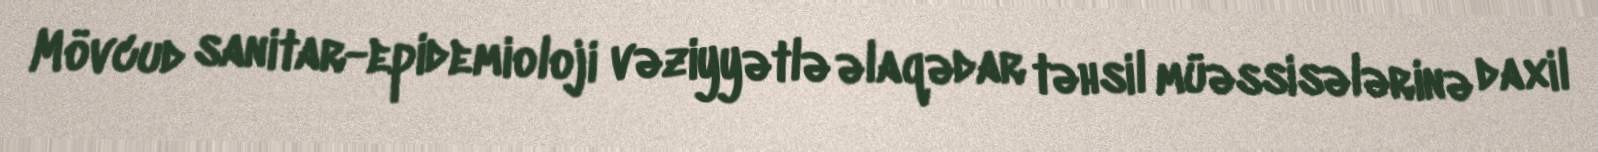
Mövcud sanitar-epidemioloji vəziyyətlə əlaqədar təhsil müəssisələrinə daxil